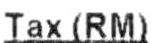
TAX(RM)